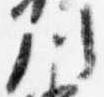
川